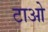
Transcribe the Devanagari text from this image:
टाओ